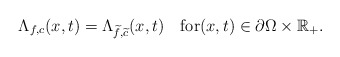
\begin{align*}\Lambda_{f, c}(x, t)=\Lambda_{\widetilde{f},\widetilde{c}}(x, t)\quad\mbox{for}(x, t)\in\partial\Omega\times\mathbb{R}_+. \end{align*}